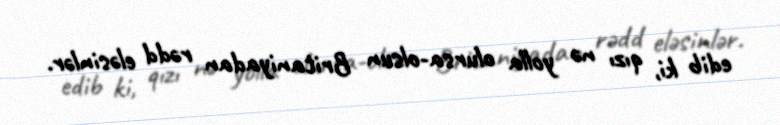
edib ki, qızı nə yolla olursa-olsun Britaniyadan rədd eləsinlər.